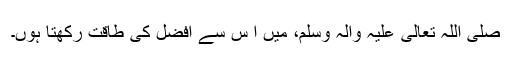
صَلَّی اللہُ تَعَالٰی عَلَیْہِ وَاٰلِہٖ وَسَلَّمَ، میں ا س سے افضل کی طاقت رکھتا ہوں۔